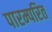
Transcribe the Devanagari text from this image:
पारम्परित